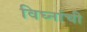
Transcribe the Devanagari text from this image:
विघ्नांची